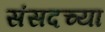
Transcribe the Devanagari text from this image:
संसदच्या